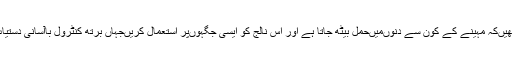
یہ سجمھیں‌کہ مہینے کے کون سے دنوں‌میں‌حمل بیٹھ جاتا ہے اور اس نالج کو ایسی جگہوں‌پر استعمال کریں‌جہاں‌ برتھ کنٹرول باآسانی دستیاب نہیں۔